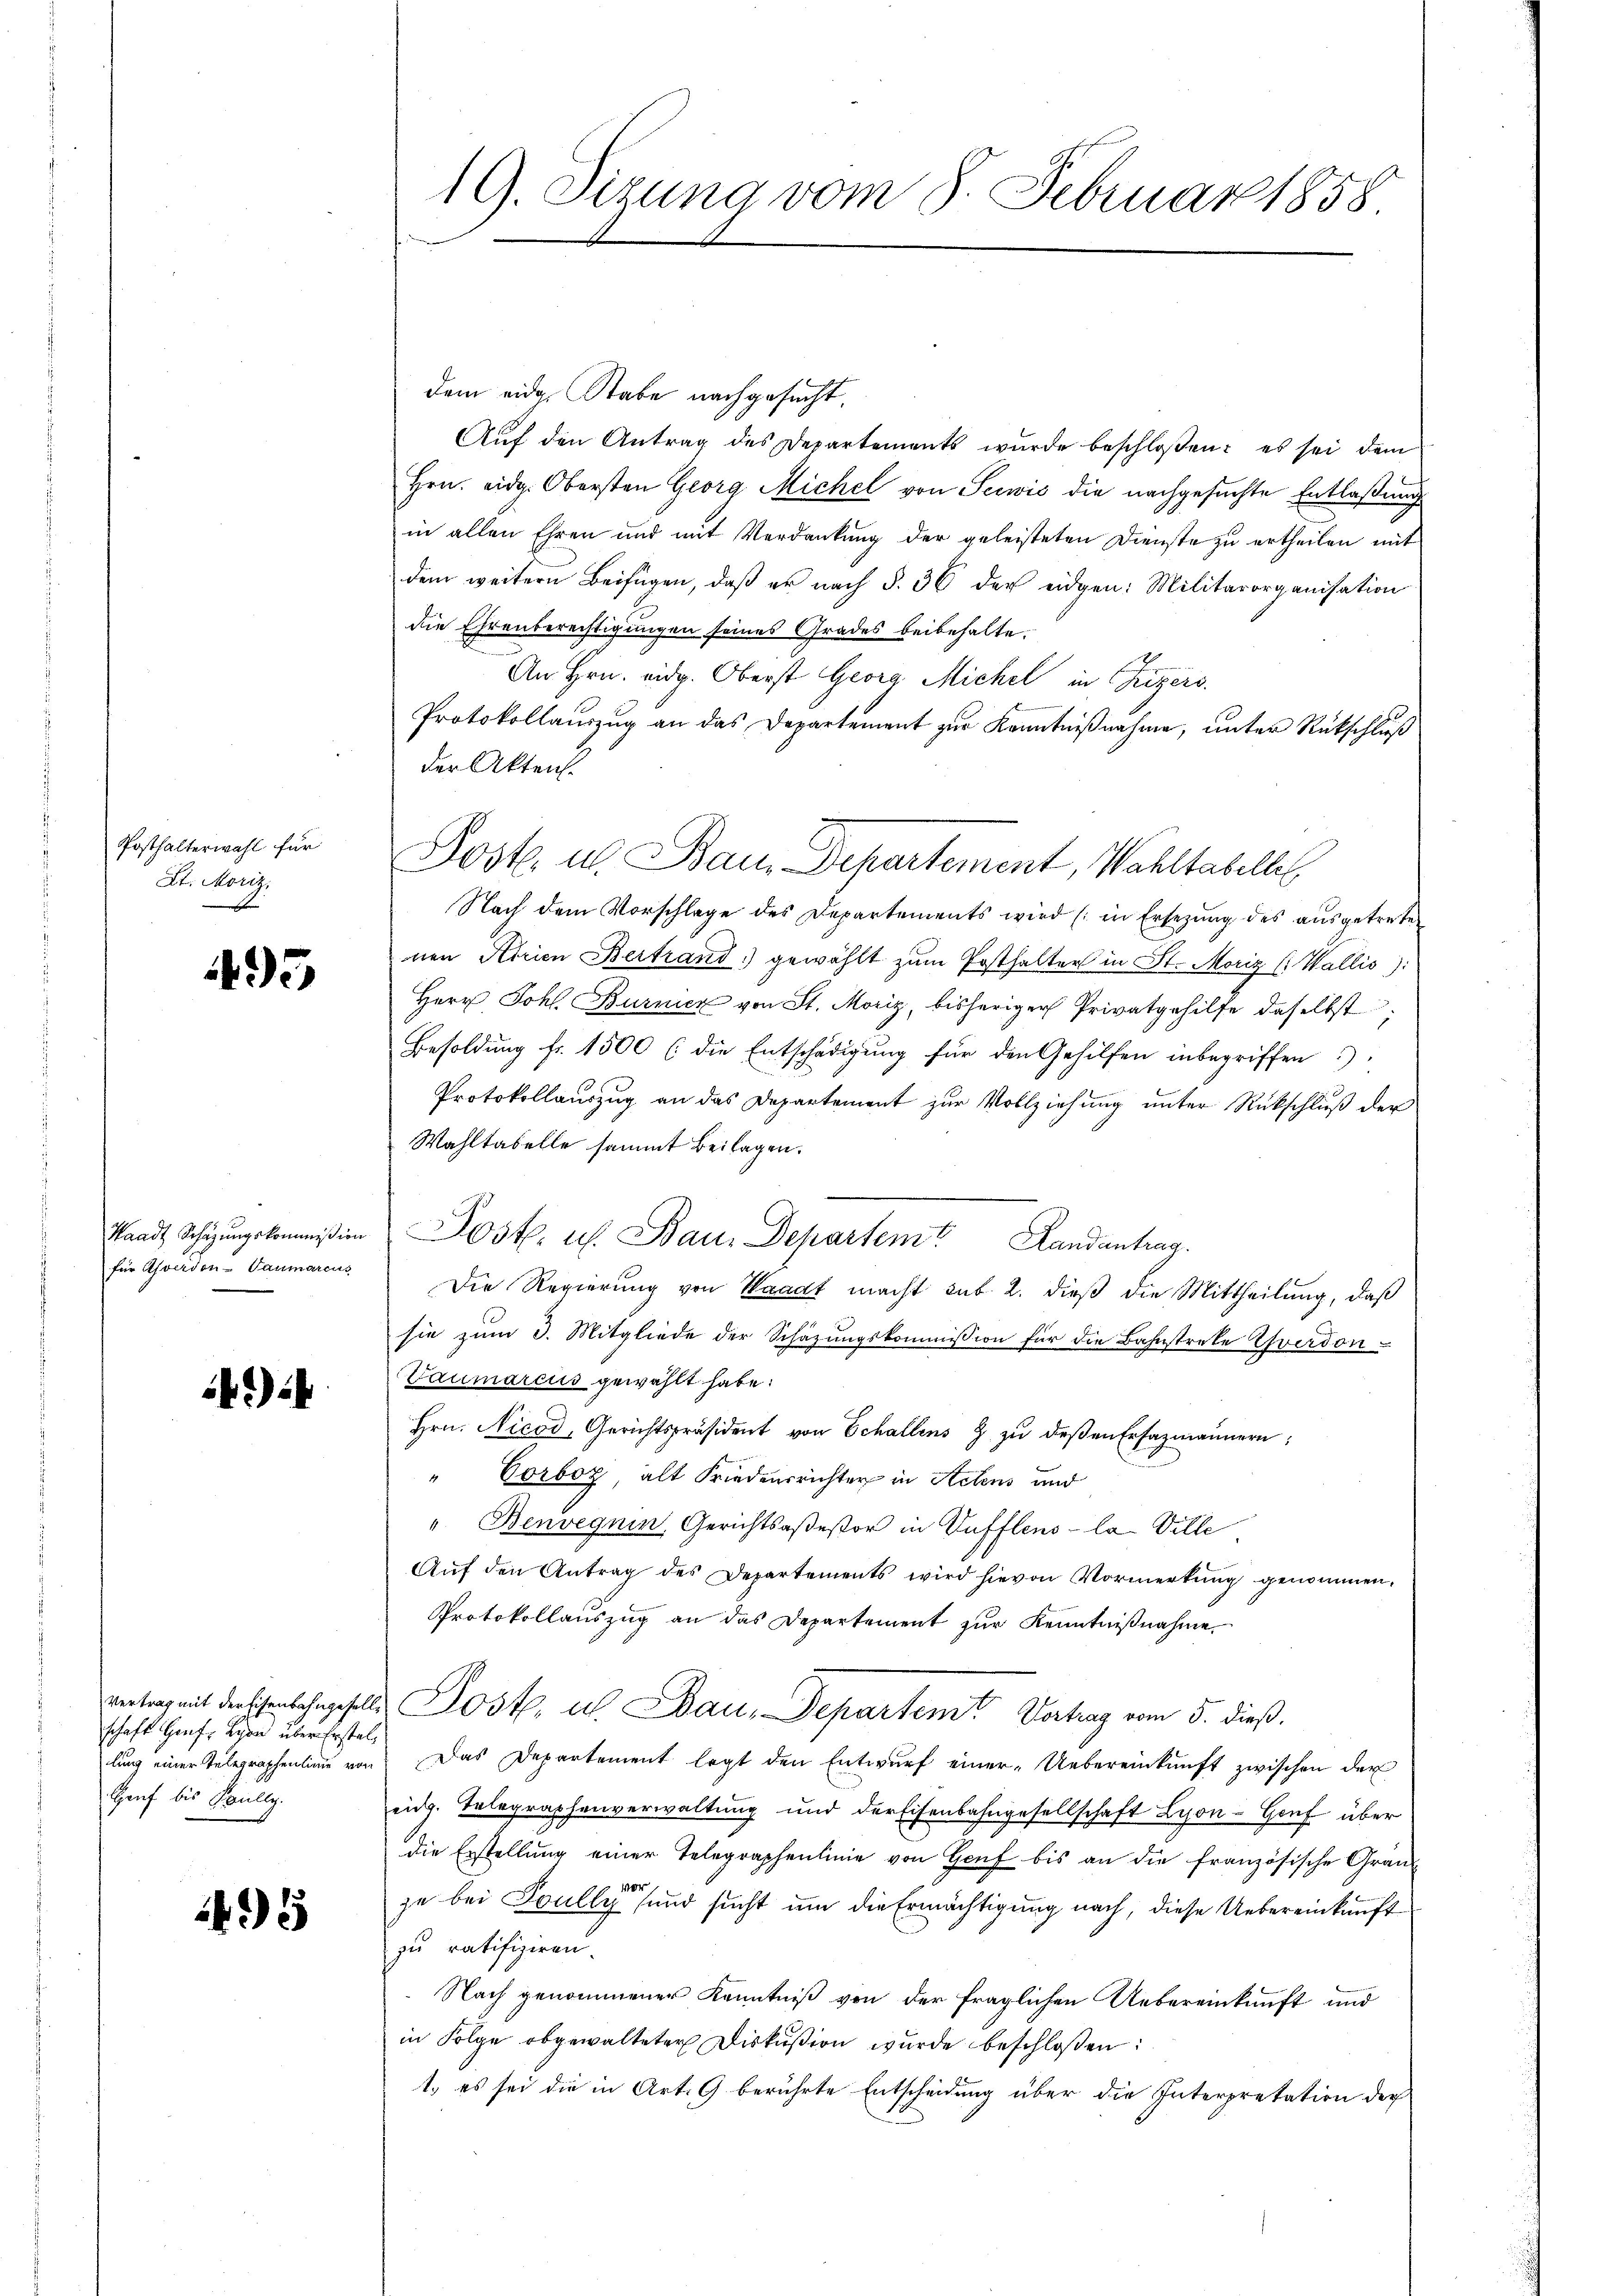
Posthalterwahl für
St. Moriz

495

Waadt Schazungskommißion
für Asverdon-Vaumarcus

i

schaft Genf, Lyon über Erstel¬
Heuf bis Paully.

41

19. Sizung vom 8. Februar 1858

dem eidg. Stabe nachgesucht.
Auf den Antrag des Departements wurde beschloßen: es sei dem
Hrn. eidg. Obersten Georg Michel von Seewis die nachgesuchte Entlaßung
in allen Ehren und mit Verdankung der geleisteten Dienste zu ertheilen mit
dem weitern Beifügen, daß er nach §. 36 der eidgen: Militärorganisation
die Ehrenberechtigungen seines Grades beibehalte.
An Hrn. eidg. Oberst Georg Michel in Frizers
Protokollaŭszŭg an das Departement zŭr Kenntniβnahme, unter Rückschluß
der Akten.
Post. u. Bam Departement, Wahltabelle
Nach dem Vorschlage des Departements wird (in Ersezung des ausgetrete
nen Kirien Bertrand gewählt zŭm Posthalter in St. Moriz (Wallis):
Herr Joh. Burnier von St. Moriz, bisheriger Privatgehilfe daselbst,
Besoldung fr. 1500 (die Entschädigung für den Gehilfen inbegriffen)
Protokollauszug an das Departement zur Vollziehung unter Rückschluß der
Wahltabelle sammt Beilagen.
Post. ich. Bau. Departemt Landantrag.
Die Regierung von Waadt macht sub. 2. dieß die Mittheilung, daß
sie zum 3. Mitgliede der Schazungskommission für die Bahnstreke Yverdon-
Gaumarciis gewählt habe.
Hrn. Nicod, Gerichtspräsident von Echallens 8 zŭ deβen Erfazmännern:
"Corboz alt Friedensrichter in Actens und
"Benveguin, Gerichtsaßestor in Vufflens - la Ville
Aŭf den Antrag des Departements wird hievon Vormerkŭng genommen,
Protokollauszug an das Departement zur Kenntnißnahme,
entrag mit dersenlangeselle Post, u. Bau-Departemt Vortrag vom 5. dieß.
lung einer Telegraphenlinie von Das Departement legt den Entwŭrf einer Uebereinkunft zwischen der
eidg. Telegraphenverwaltung und der Eisenbahngesellschaft Lyon-Gouf über
die Erstellung einer Telegraphenlinie von Hof bis an die französische Grän-
vor
ze bei Toully sund sucht um die Ermächtigung nach, diese Uebereinkunft
zu ratifiziren.
Nach genommener Kenntniß von der fraglichen Uebereinkunft und
in Folge abgewalteter Diskußion wurde beschloßen:
1. es sei die in Art. 9 berührte Entscheidung über die Interpretation der